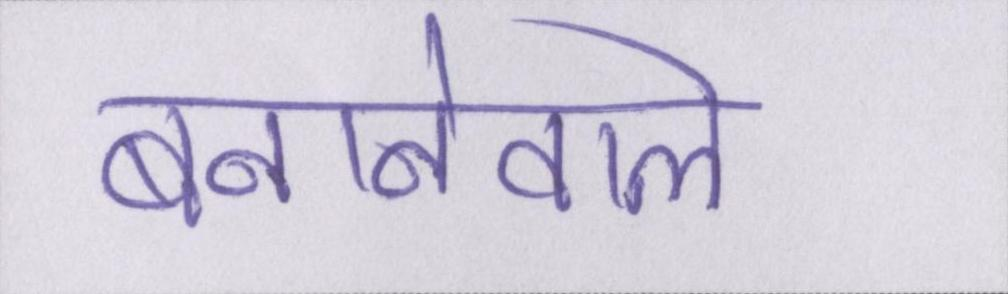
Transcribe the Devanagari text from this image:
बनानेवाले